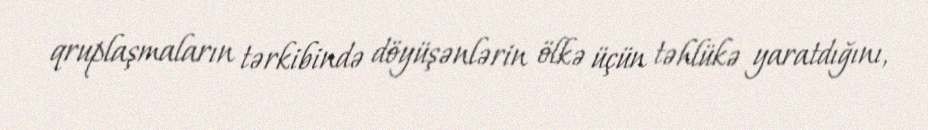
qruplaşmaların tərkibində döyüşənlərin ölkə üçün təhlükə yaratdığını,